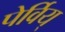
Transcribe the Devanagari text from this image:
पेर्विय्